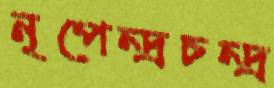
নৃপেন্দ্রচন্দ্র